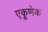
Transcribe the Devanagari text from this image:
एकूणेक